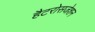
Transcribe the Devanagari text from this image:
हैटरोसजेशन